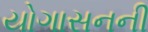
યોગાસનની